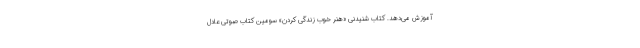
آموزش می‌دهد. کتاب شنیدنی «هنر خوب زندگی کردن» سومین کتاب صوتی عادل